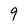
Character: 9